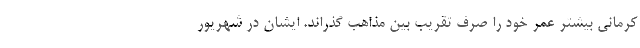
کرمانی بیشتر عمر خود را صرف تقریب بین مذاهب گذراند. ایشان در شهریور